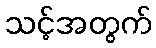
သင့်အတွက်